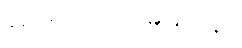
နည်းကျတော့ မမြင်ဘူး။